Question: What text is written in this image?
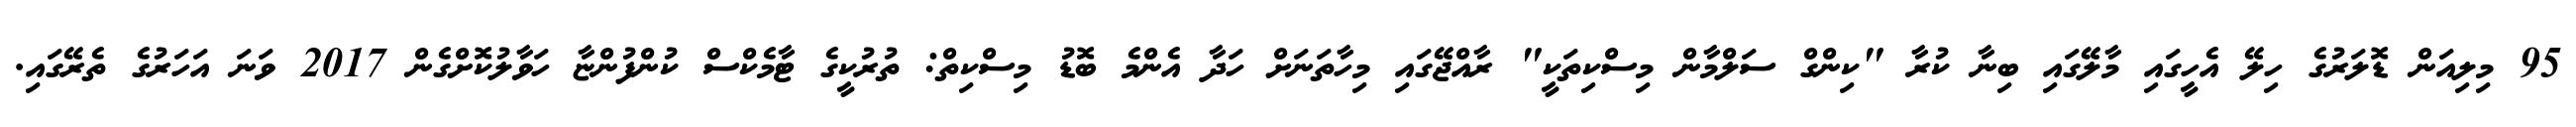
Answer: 95 މިލިއަން ޑޮލަރުގެ ހިލޭ އެހީގައި މާލޭގައި ބިނާ ކުރާ "ކިންގް ސަލްމާން މިސްކިތަކީ" ރާއްޖޭގައި މިހާތަނަށް ހަދާ އެންމެ ބޮޑު މިސްކިތް: ތުރުކީގެ ޓާމެކްސް ކުންފުންޏާ ހަވާލުކޮށްގެން 2017 ވަނަ އަހަރުގެ ތެރޭގައި.